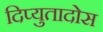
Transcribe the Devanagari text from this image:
दिप्युतादोस